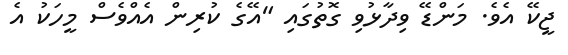
ޖީކޭ އެވެ. މަންޑޭ ވިދާޅުވި ގޮތުގައި "އޭގެ ކުރިން އެއްވެސް މީހަކު އެ